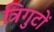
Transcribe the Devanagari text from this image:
त्रिगुटों